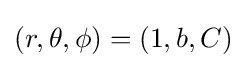
(r,\theta ,\phi )=(1,b,C)